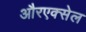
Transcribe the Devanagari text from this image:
औरएक्सेल